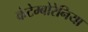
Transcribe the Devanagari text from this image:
कंटेम्बोरेनिया